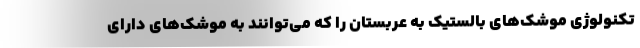
تکنولوژی موشک‌های بالستیک به عربستان را که می‌توانند به موشک‌های دارای